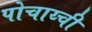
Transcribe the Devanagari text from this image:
पोचाय्ची